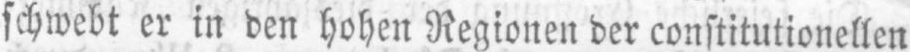
schwebt er in den hohen Regionen der constitutionellen